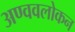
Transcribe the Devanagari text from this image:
अण्ववलोकन